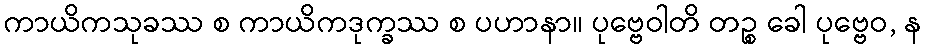
ကာယိကသုခဿ စ ကာယိကဒုက္ခဿ စ ပဟာနာ။ ပုဗ္ဗေဝါတိ တဉ္စ ခေါ ပုဗ္ဗေဝ, န